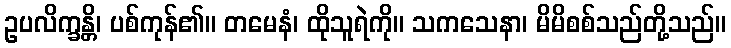
ဥပလိက္ခန္တိ၊ ပစ်ကုန်၏။ တမေနံ၊ ထိုသူရဲကို။ သကသေနာ၊ မိမိစစ်သည်တို့သည်။